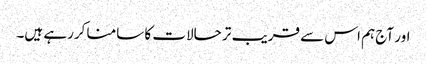
اور آج ہم اس سے قریب تر حالات کا سامنا کررہے ہیں۔